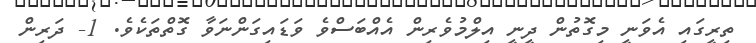
ތިރީގައި އެވަނީ މިގޮތުން ދީނީ އިލްމުވެރިން އެއްބަސްވެ ވަޑައިގަންނަވާ ގޮތްތަކެވެ. 1- ދަރިން